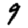
Digit: 9